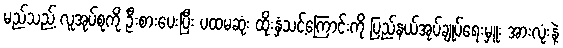
မည်သည့် လူအုပ်စုကို ဦးစားပေးပြီး ပထမဆုံး ထိုးနှံသင့်ကြောင်းကို ပြည်နယ်အုပ်ချုပ်ရေးမှူး အားလုံးနဲ့